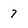
Character: 7